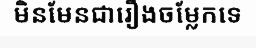
មិនមែនជារឿងចម្លែកទេ